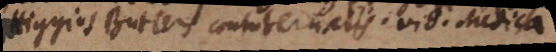
[_] Butlers contubernalis. vid. Medica.